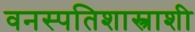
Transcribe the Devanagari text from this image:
वनस्पतिशास्त्राशी